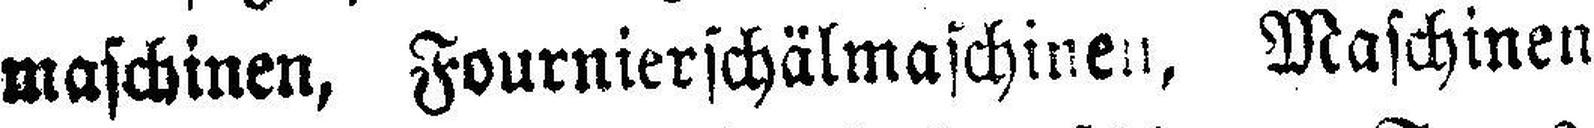
maschinen, Fournierschälmaschinen, Maschinen